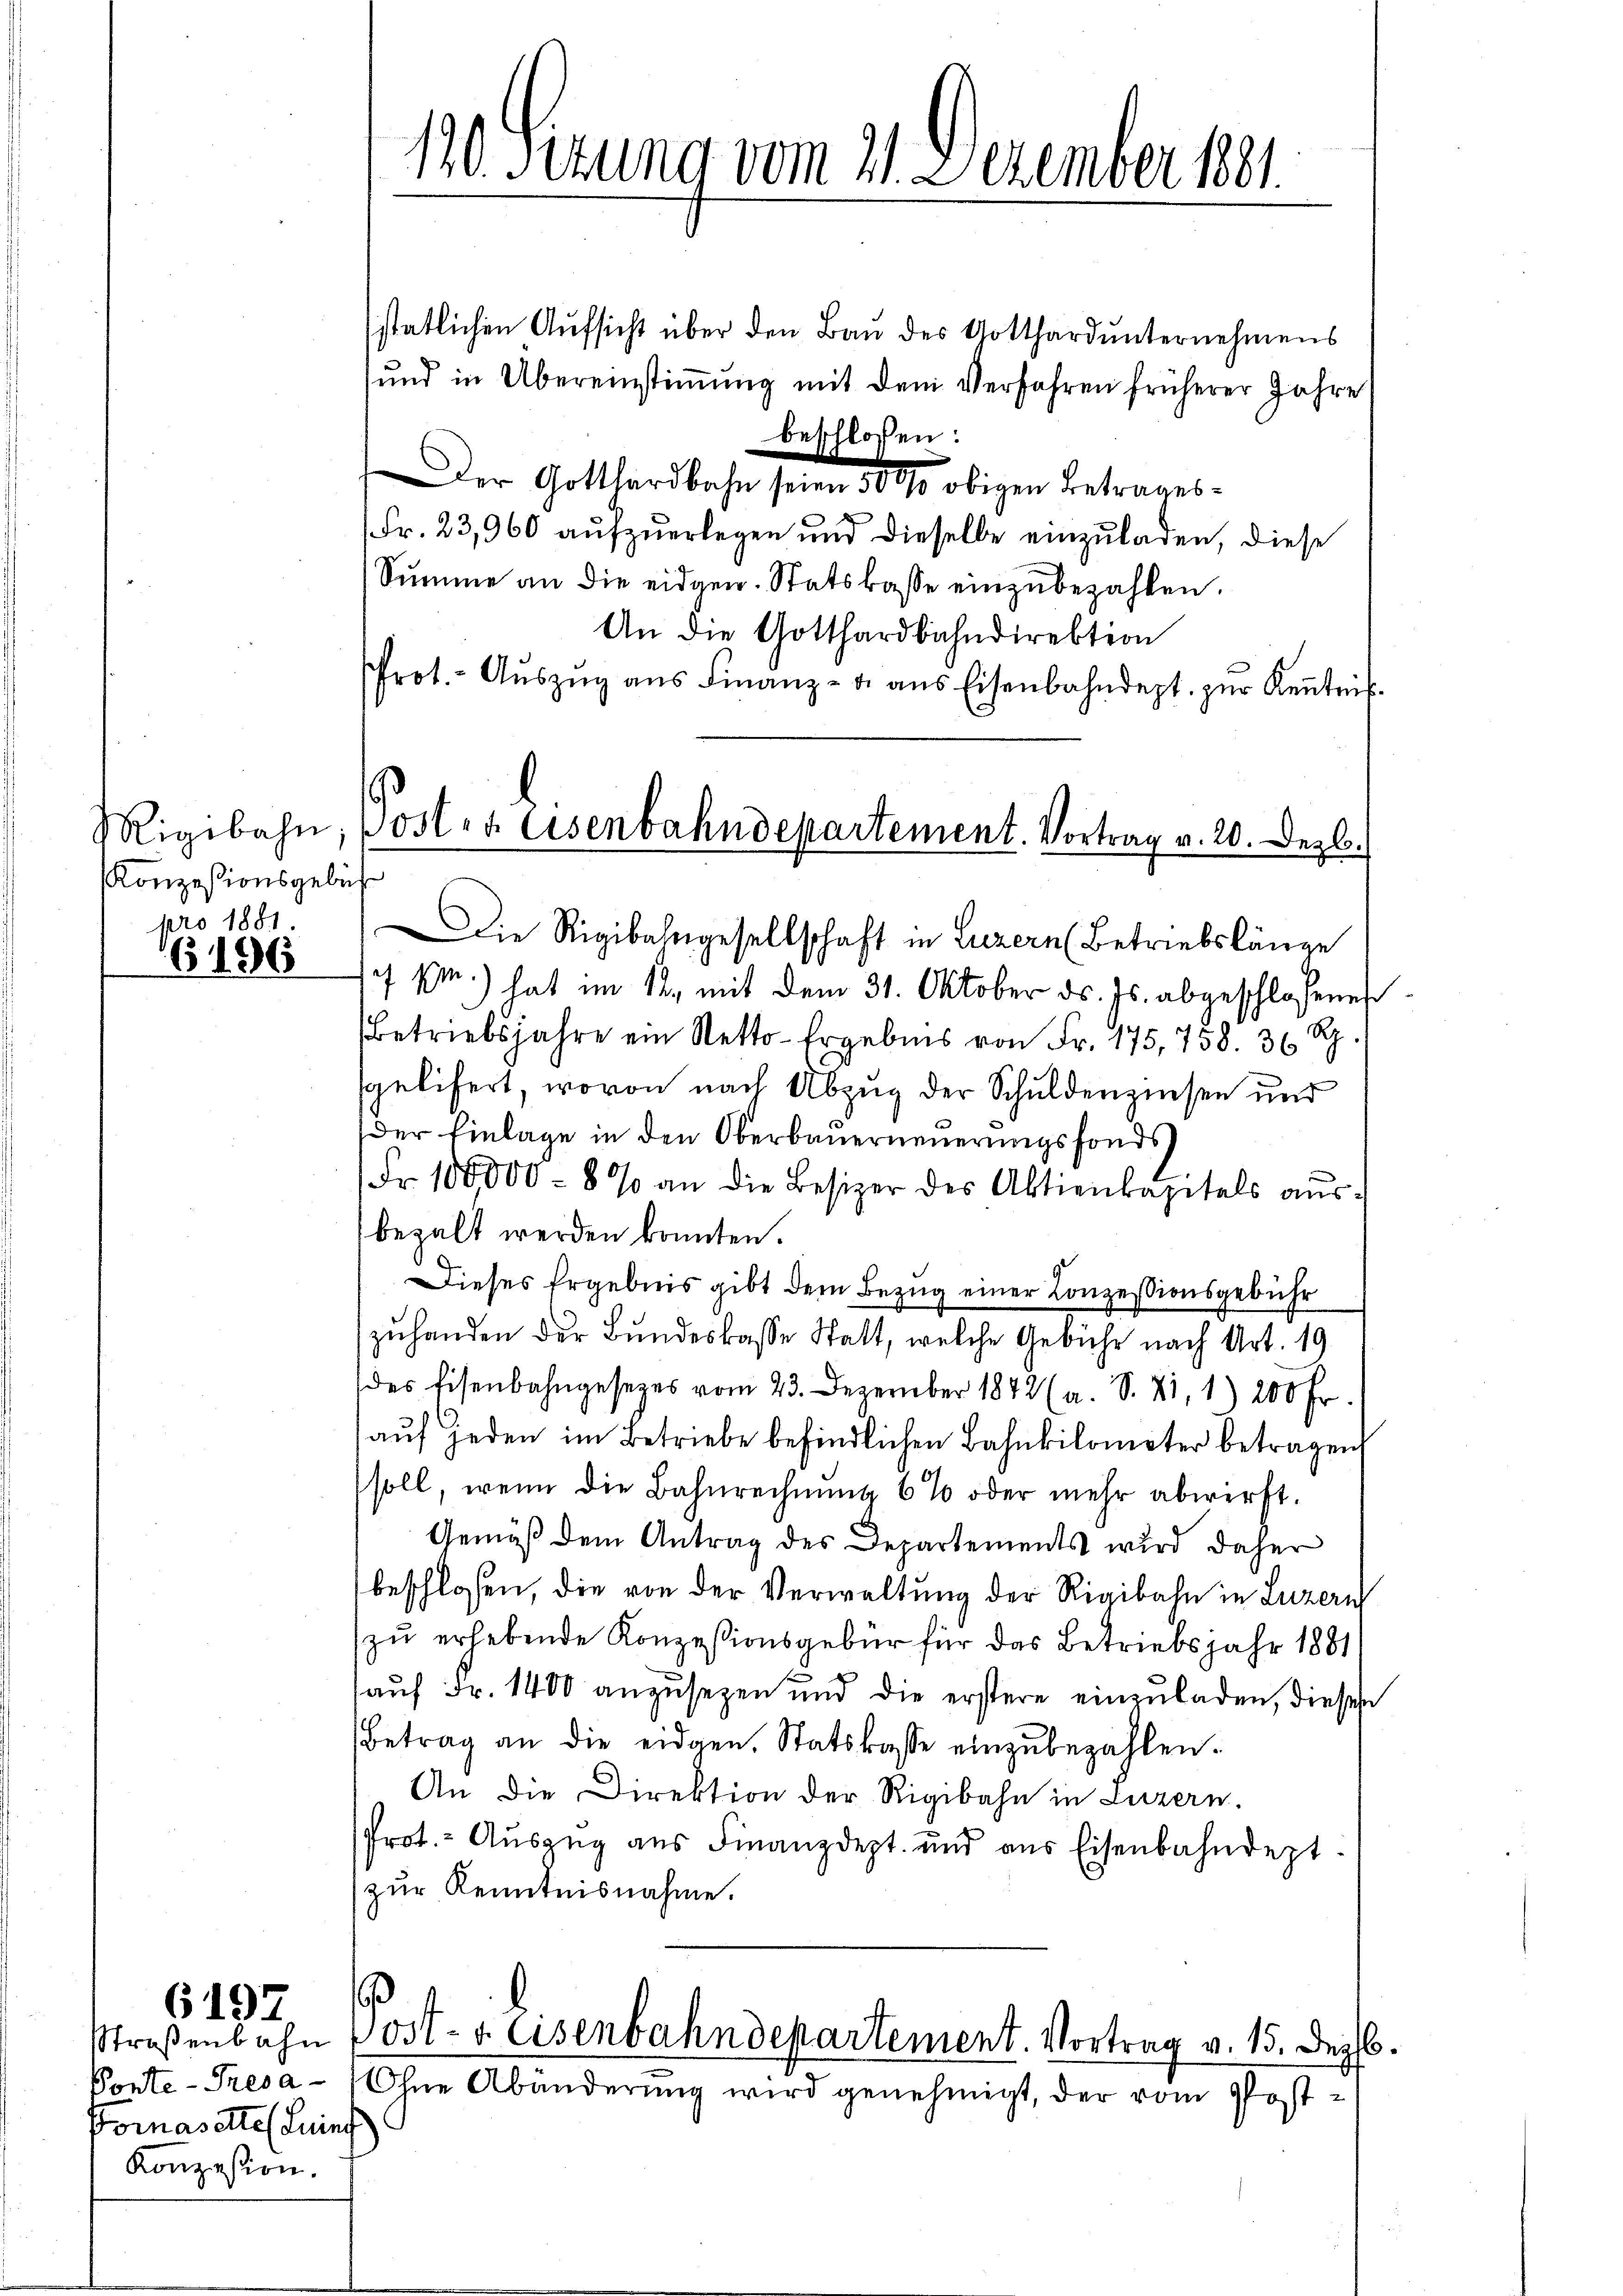
Konzessionsgebüh
pro 1881.

16196

6197

Straßenbahn
Ponte-Tresa-
Pomasettel Luinf
Konzession.

130 Sezung vom 21. Dezember 1881.

Rigibahn, poster Eisenbahndepartement. Vortrag v. 20. Dezb.

stätlichen Aufsicht über den Bau des Gotthard unternehmens
und in Übereinstimmung mit dem Verfahren früherer Jahre
beschlossen:
Der Gotthardbahn seien 1890 obigen Betrages¬
Fr. 23,960 aufzuerlegen und dieselbe einzuladen, diese
Sŭmme an die eidgen. Statskasse einzŭbezahlen.
An die Gotthardbahndirektion
Prot. - Aŭszŭg ans Finanz- u. aus Eisenbahndept. zur Kenntnis¬
Die Rigibahngesellschaft in Luzern Betriebslänge
 p.) hat im 12., mit dem 31. Oktober ds. Js. abgeschlossenen
betriebsjahre ein Netto-Ergebnis von Fr. 175, 758. 36 Rp.
sgelifert, wovon nach Abzug der Schuldenzinsen und
Der Einlage in den Oberbauerneuerungsfonds
Fr. 100,000 - 8 % an die Besizer des Aktienkapitels aŭs-
bezalt werden konnten.
Dieses Ergebnis gibt dem Bezug einer Conzessionsgebühr
zuhanden der Bundeskasse Statt, welche Gebühr nach Art. 19
des Eisenbahngesetzes vom 23. Dezember 1842 (a. S. 21, 1) 200 Fr.
aŭf jeden im Betriebe befindlichen Bahnkilometer betragen
soll, wenn die Bahnrechnŭng 6% oder mehr abwirft.
Gemäß dem Antrag des Departements wird daher
beschlossen, die von der Verwaltung der Rigibahn in Luzern
zu erhebende Konzessionsgebür für das Betriebsjahr 1881
auf Fr. 1400 anzusezen und die erstere einzuladen, dieses
Betrag an die eidgen. Statskasse einzubezahlen.
An die Direktion der Rigibahn in Luzern.
Prot. - Auszug aus Finanzdept. und aus Eisenbahndept.
zur Kenntnisnahme.
.
ost- u. Eisenbahndepartement. Vortrag v. 15. Dez.
Ohne Abänderung wird genehmigt, der vom Post¬